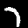
Label: 7